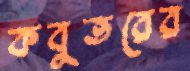
কবুতরের